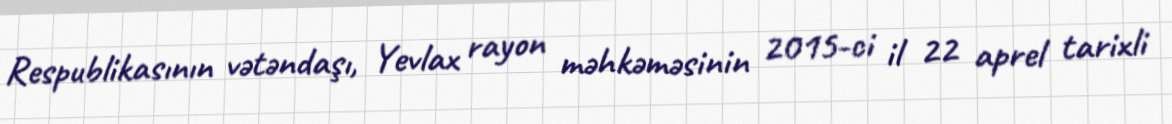
Respublikasının vətəndaşı, Yevlax rayon məhkəməsinin 2015-ci il 22 aprel tarixli